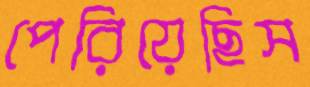
পেরিয়েছিস